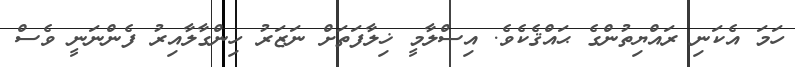
ހަމަ އެކަނި ރައްޔިތުންގެ ޙައްޤެކެވެ. އިސްލާމީ ޚިލާފަތަށް ނަޒަރު ހިންގާލާއިރު ފެންނަނީ ވެސް